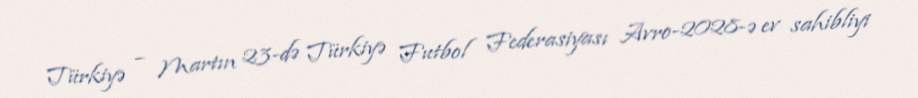
Türkiyə – Martın 23-də Türkiyə Futbol Federasiyası Avro-2028-ə ev sahibliyi